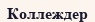
Коллеждер